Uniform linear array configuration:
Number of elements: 16
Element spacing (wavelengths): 0.25
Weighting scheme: exponential
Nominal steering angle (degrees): -45
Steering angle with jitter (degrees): -45.979
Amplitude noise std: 0.05
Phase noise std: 0.05

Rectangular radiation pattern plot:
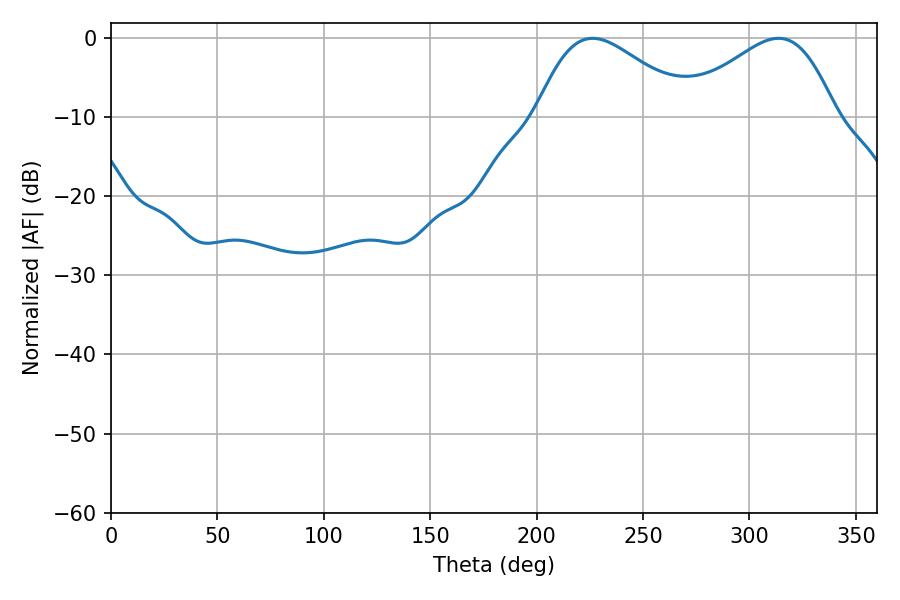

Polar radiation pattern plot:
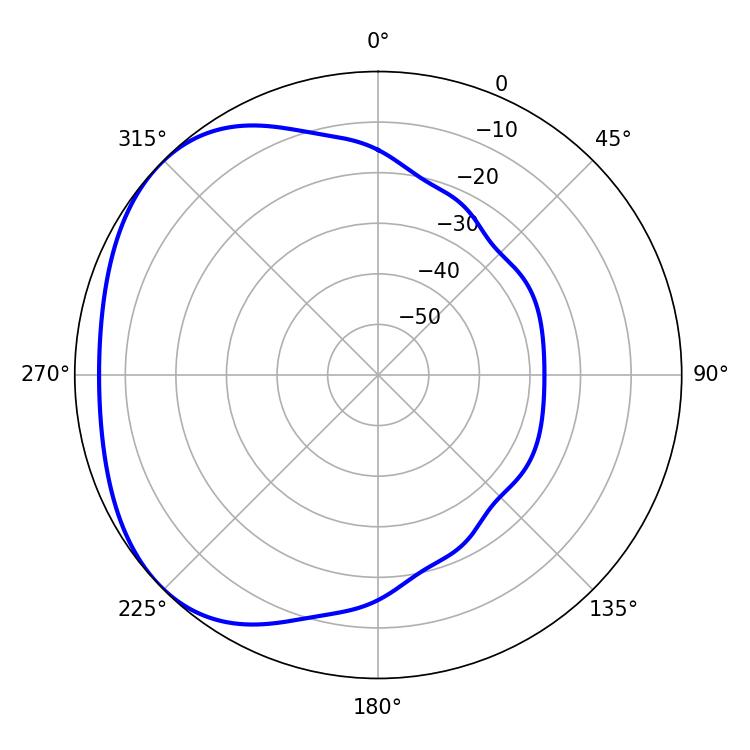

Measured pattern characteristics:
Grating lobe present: FALSE
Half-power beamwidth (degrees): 38.7
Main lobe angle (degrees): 226.26